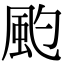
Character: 𩖚